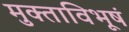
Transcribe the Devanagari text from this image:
मुक्ताविभूषं